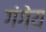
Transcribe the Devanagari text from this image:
गंगेय